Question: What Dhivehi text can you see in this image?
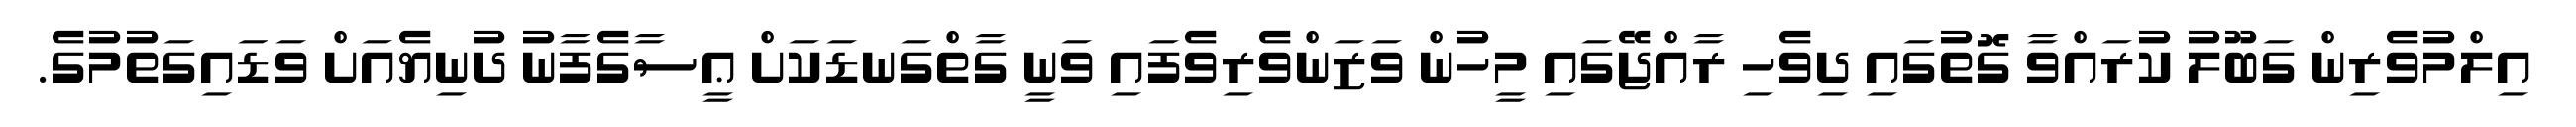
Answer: އިލްމުވެރިން ގަބޫލު ކުރައްވާ ގޮތުގައި ދިވެހި ރާއްޖޭގައި މީހުން ވަޒަންވެރިވެފައި ވަނީ ގާތްގަނޑަކަށް ޢީސާގެފާނު ދުނިޔެއަށް ވަޑައިގަތުމުގެ.